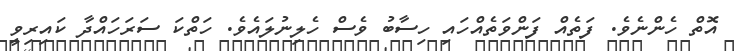
އޮތް ހެންނެވެ. ފަތެއް ފަންވަތެއްހައި ހިސާބު ވެސް ހެލިނުލައެވެ. ހަތްކަ ސަރަހައްދާ ކައިރިވީ